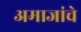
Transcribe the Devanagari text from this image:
अमाजांचे